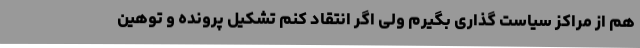
هم از مراکز سیاست گذاری بگیرم ولی اگر انتقاد کنم تشکیل پرونده و توهین